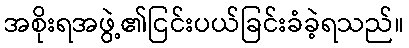
အစိုးရအဖွဲ့၏ငြင်းပယ်ခြင်းခံခဲ့ရသည်။